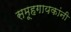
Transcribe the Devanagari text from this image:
समूहगायकांनी